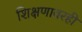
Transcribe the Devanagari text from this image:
शिक्षणावरही